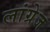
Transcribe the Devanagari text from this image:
लांग्रेज